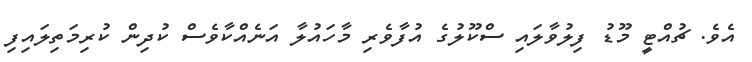
އެވެ. ޗުއްޓީ މޫޑު ފިލުވާލައި ސްކޫލުގެ އުފާވެރި މާހައުލާ އަނެއްކާވެސް ކުދިން ކުރިމަތިލައިފި